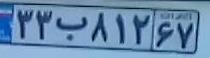
۳۳ب۸۱۲۶۷